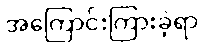
အကြောင်းကြားခဲ့ရာ